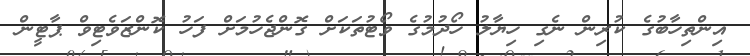
އިންތިހާބުގެ ކުރިން ނެގި ހިޔާލު ހޯދުމުގެ ވޯޓުތަކަށް ގޮންޖެހުމަށް ފަހު ކޮންޒަވެޓިވް ޕާޓީން